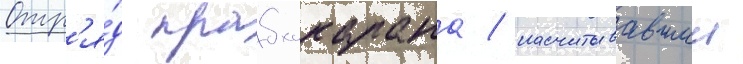
Отр'я́д прабхакарана / насчитывавшии